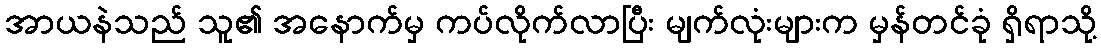
အာယနဲသည် သူ၏ အနောက်မှ ကပ်လိုက်လာပြီး မျက်လုံးများက မှန်တင်ခုံ ရှိရာသို့